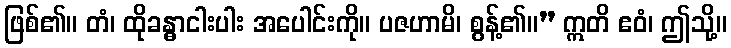
ဖြစ်၏။ တံ၊ ထိုခန္ဓာငါးပါး အပေါင်းကို။ ပဇဟာမိ၊ စွန့်၏။” ဣတိ ဧဝံ၊ ဤသို့။